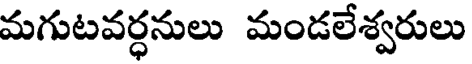
మగుటవర్ధనులు మండలేశ్వరులు